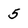
Character: 5